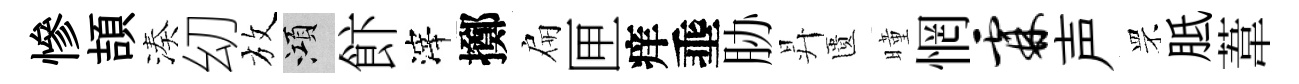
慘頡湊㓜放澒飰滓擲扁匣痒埀胁昇匱曈惘霖声罘胝葦